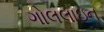
ગોલલાઇન